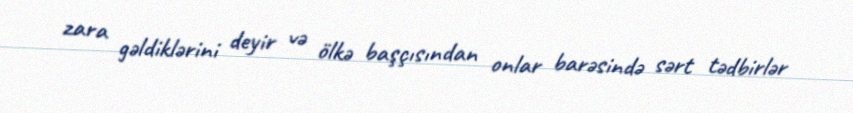
zara gəldiklərini deyir və ölkə başçısından onlar barəsində sərt tədbirlər